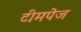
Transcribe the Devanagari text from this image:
टीमपेज